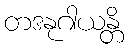
တဒနုဂါယန္တိ